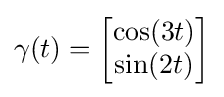
\gamma (t)={\begin{bmatrix}\cos(3t)\\\sin(2t)\end{bmatrix}}